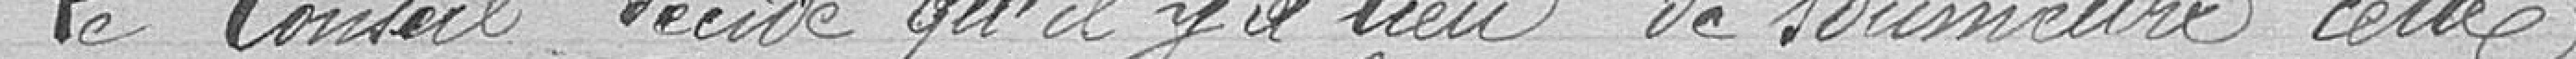
Le conseil décide qu'il y a lieu de soumettre cette